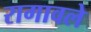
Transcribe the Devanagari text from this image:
रागावले